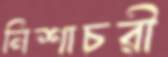
নিশাচরী